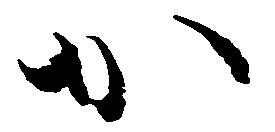
か